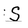
Character: S